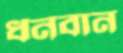
ধনবান